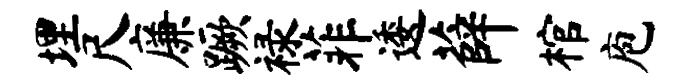
埋尺廉蹶禄菲逶薛棺庖